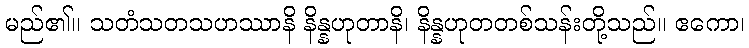
မည်၏။ သတံသတသဟဿာနိ နိန္နဟုတာနိ၊ နိန္နဟုတတစ်သန်းတို့သည်။ ဧကော၊